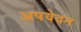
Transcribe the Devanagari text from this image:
अपवेदन